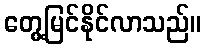
တွေ့မြင်နိုင်လာသည်။